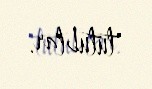
tutublar.